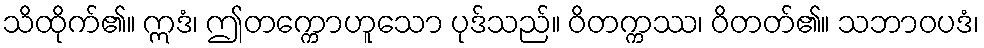
သိထိုက်၏။ ဣဒံ၊ ဤတက္ကောဟူသော ပုဒ်သည်။ ဝိတက္ကဿ၊ ဝိတတ်၏။ သဘာဝပဒံ၊